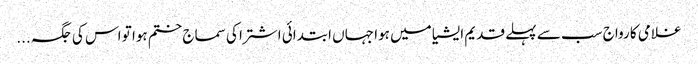
غلامی کا رواج سب سے پہلے قدیم ایشیا میں ہوا جہاں ابتدائی اشتر ا کی سماج ختم ہوا تو اس کی جگہ ...